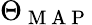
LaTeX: \Theta_{\mathrm{~M~A~P~}}